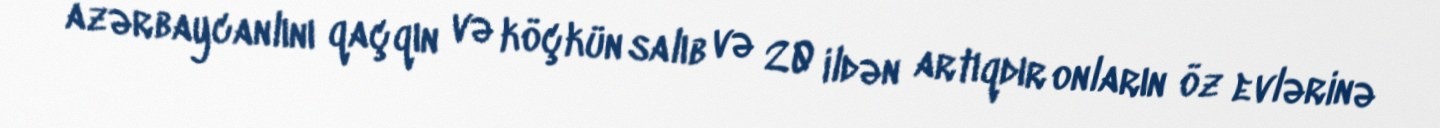
azərbaycanlını qaçqın və köçkün salıb və 20 ildən artıqdır onların öz evlərinə